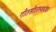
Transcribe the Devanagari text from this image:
गीतसीतास्वयंवरः